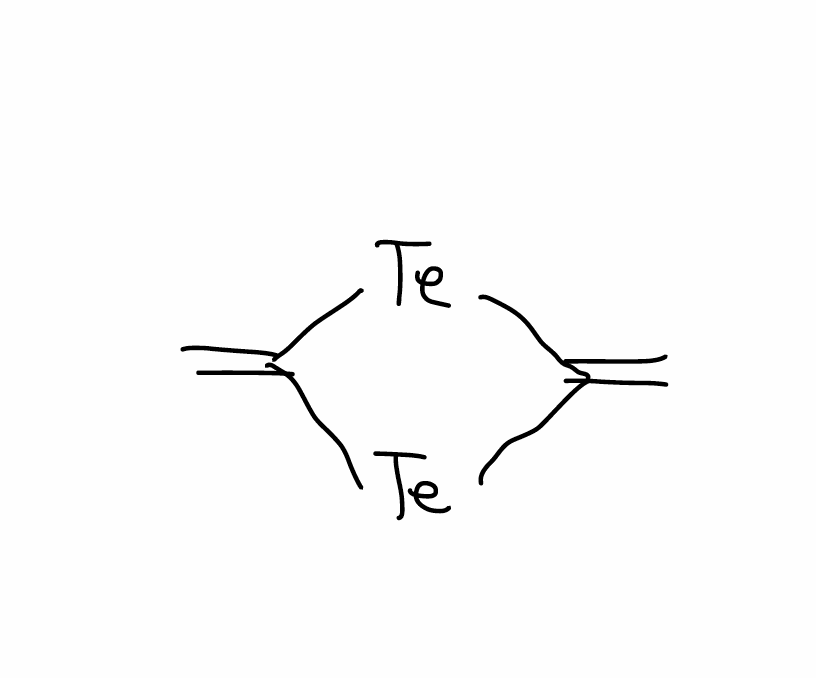
Simplified molecular-input line-entry system (SMILES) notation of the given molecule:
C=C1[Te]C(=C)[Te]1